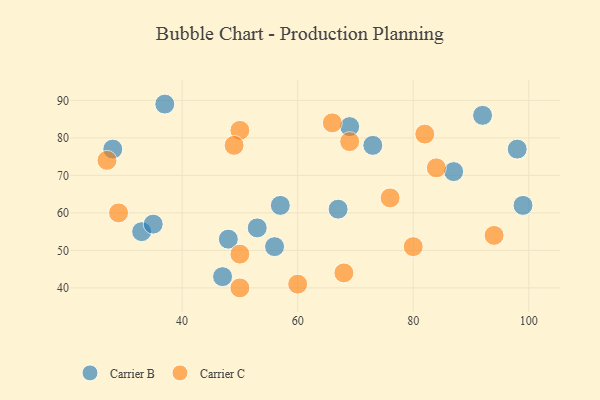
{"axis": {"x": "GDP", "y": "Life Expectancy"}, "legend": ["Carrier B", "Carrier C"], "data": [{"x": "92", "y": 86, "type": "Carrier B"}, {"x": "67", "y": 61, "type": "Carrier B"}, {"x": "73", "y": 78, "type": "Carrier B"}, {"x": "53", "y": 56, "type": "Carrier B"}, {"x": "48", "y": 53, "type": "Carrier B"}, {"x": "57", "y": 62, "type": "Carrier B"}, {"x": "33", "y": 55, "type": "Carrier B"}, {"x": "35", "y": 57, "type": "Carrier B"}, {"x": "87", "y": 71, "type": "Carrier B"}, {"x": "69", "y": 83, "type": "Carrier B"}, {"x": "98", "y": 77, "type": "Carrier B"}, {"x": "28", "y": 77, "type": "Carrier B"}, {"x": "47", "y": 43, "type": "Carrier B"}, {"x": "37", "y": 89, "type": "Carrier B"}, {"x": "56", "y": 51, "type": "Carrier B"}, {"x": "99", "y": 62, "type": "Carrier B"}, {"x": "50", "y": 49, "type": "Carrier C"}, {"x": "94", "y": 54, "type": "Carrier C"}, {"x": "80", "y": 51, "type": "Carrier C"}, {"x": "27", "y": 74, "type": "Carrier C"}, {"x": "82", "y": 81, "type": "Carrier C"}, {"x": "60", "y": 41, "type": "Carrier C"}, {"x": "76", "y": 64, "type": "Carrier C"}, {"x": "50", "y": 40, "type": "Carrier C"}, {"x": "50", "y": 82, "type": "Carrier C"}, {"x": "69", "y": 79, "type": "Carrier C"}, {"x": "84", "y": 72, "type": "Carrier C"}, {"x": "49", "y": 78, "type": "Carrier C"}, {"x": "66", "y": 84, "type": "Carrier C"}, {"x": "29", "y": 60, "type": "Carrier C"}, {"x": "68", "y": 44, "type": "Carrier C"}]}